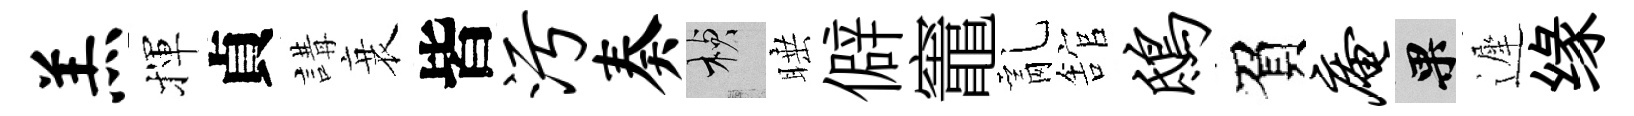
羔揮貞講衰皆污奏楨睡僻竈亂舘鸱負庵果遲缘